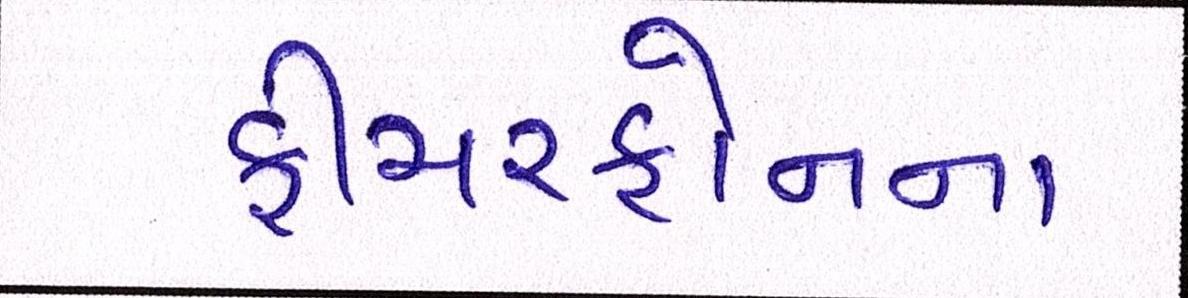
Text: ફીચરફોનના